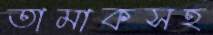
তামাকসহ